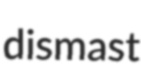
dismast